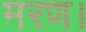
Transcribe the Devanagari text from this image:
मरण।